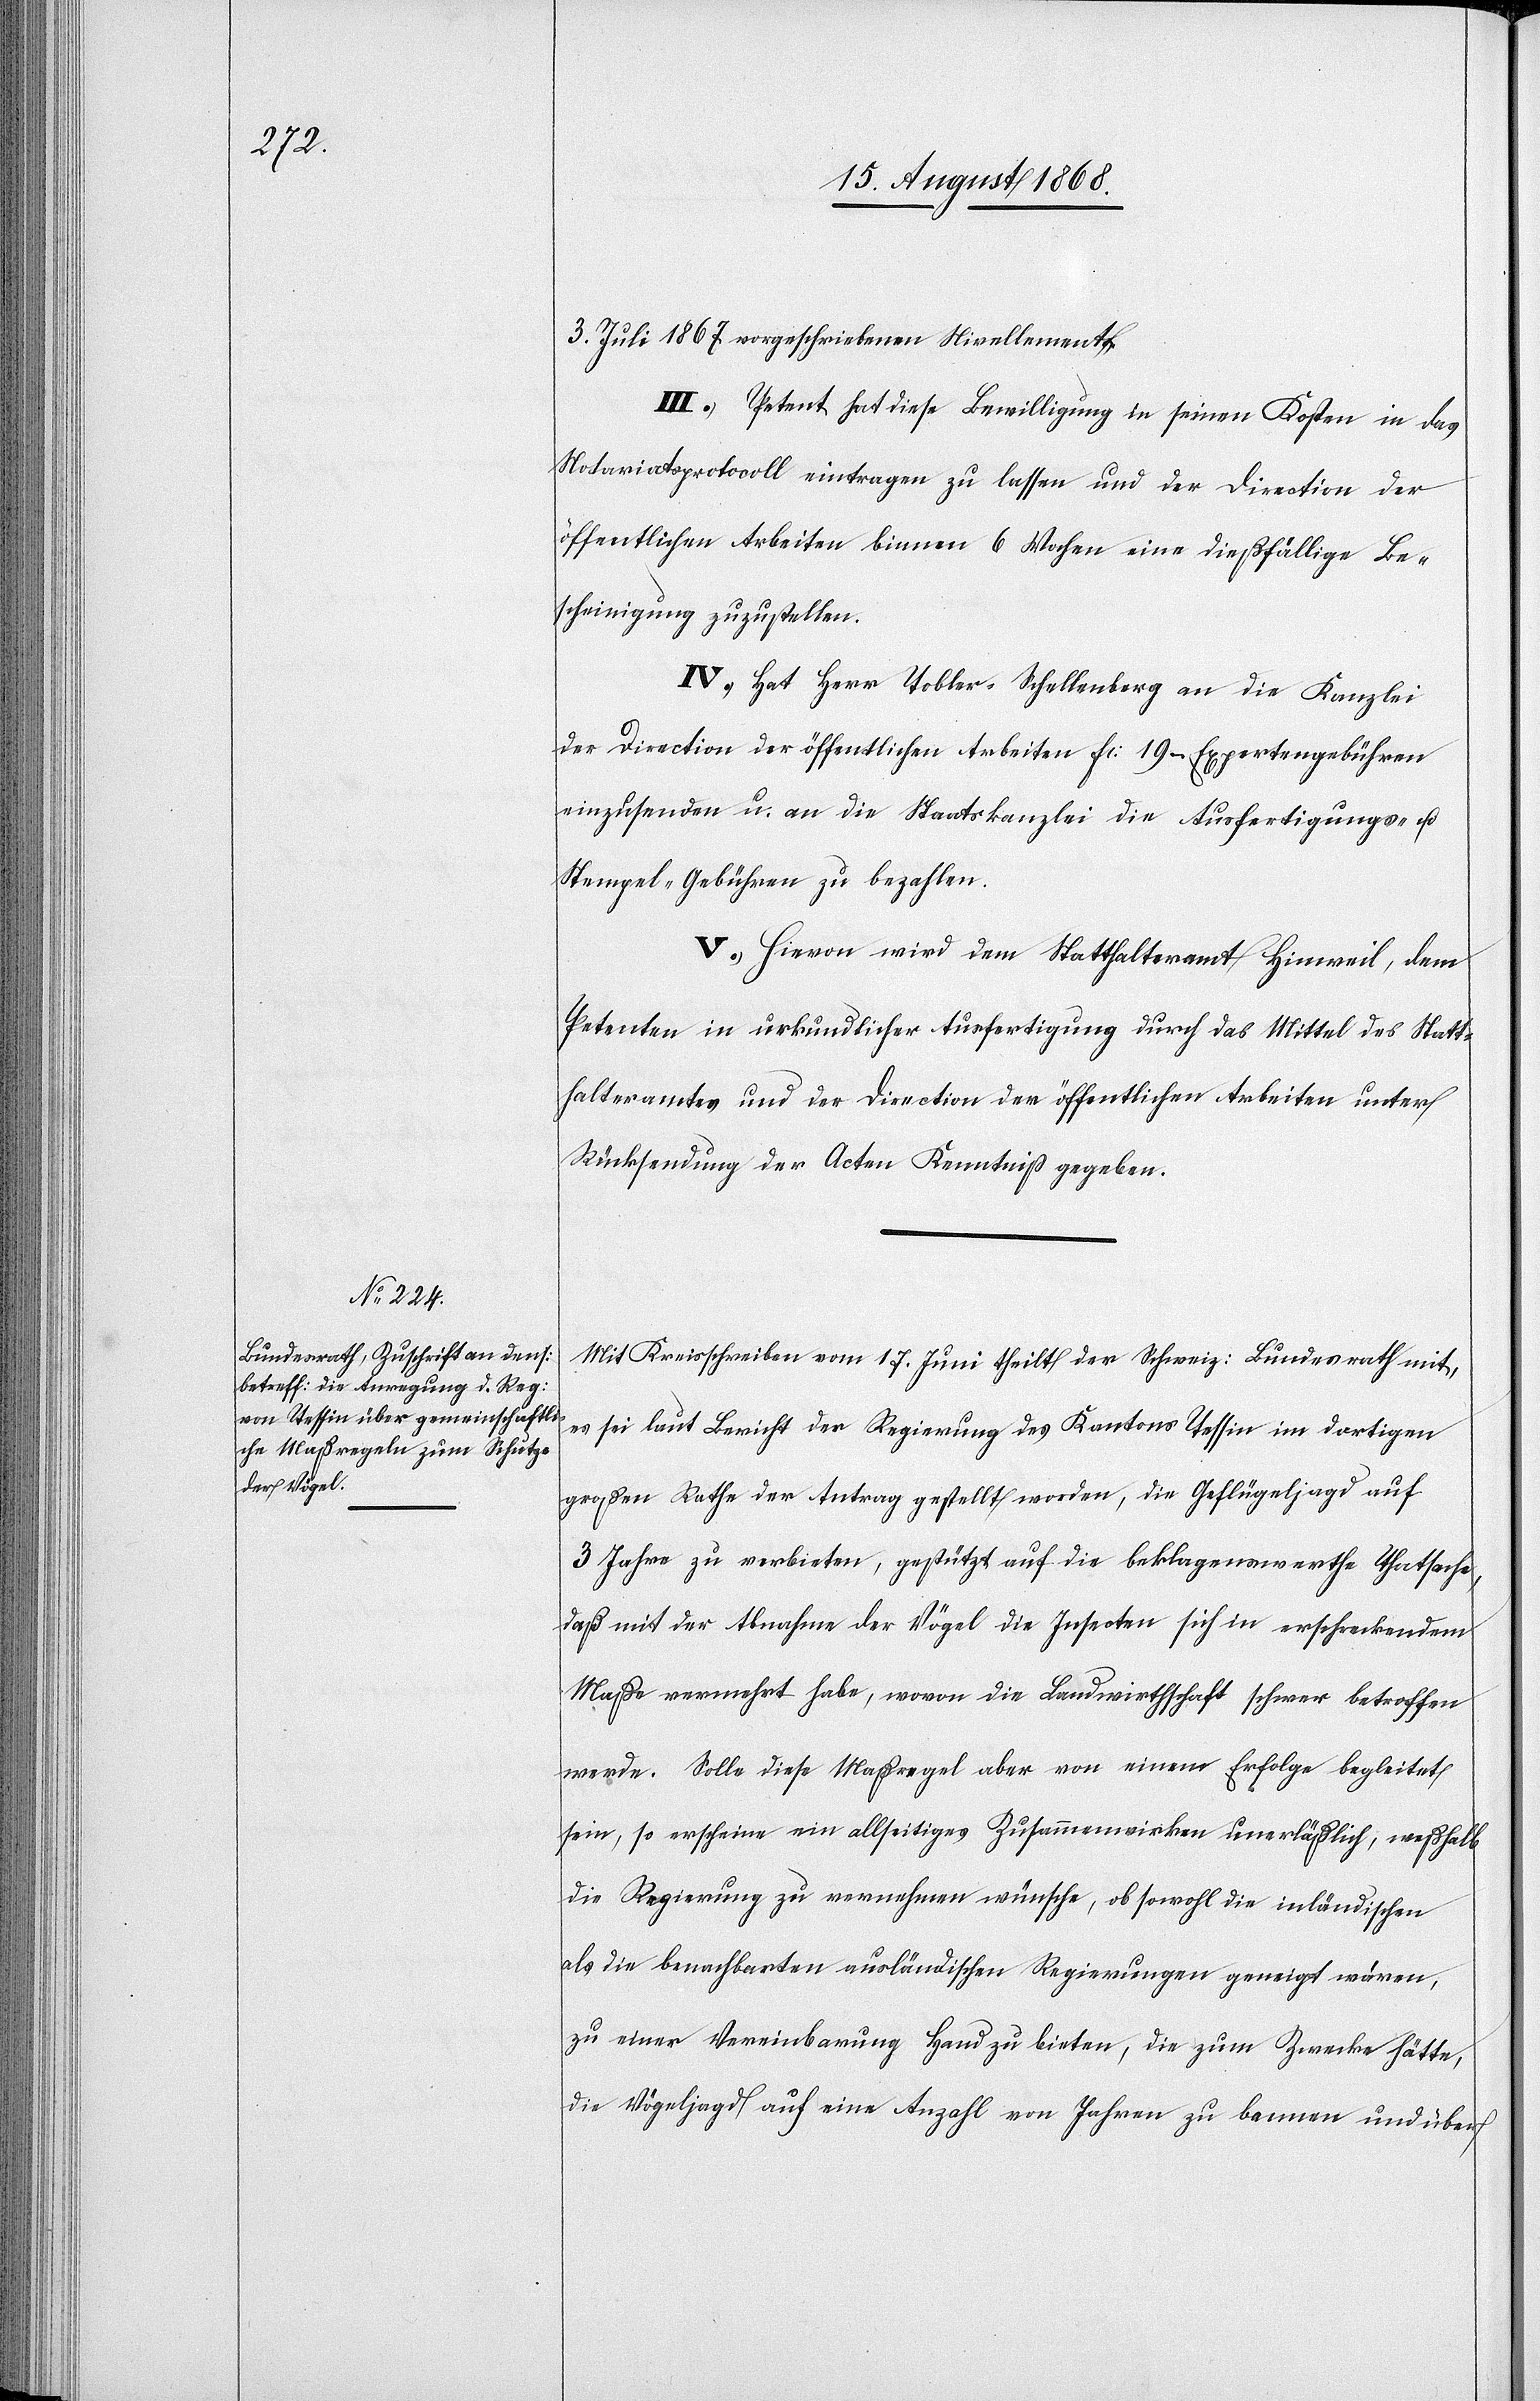
3. Juli 1867 vorgeschriebenen Nivellements.
III.) Petent hat diese Bewilligung in seinen Kosten in das
Notariatsprotocoll eintragen zu lassen und der Direction der
öffentlichen Arbeiten binnen 6 Wochen eine dießfällige Be¬
scheinigung zuzustellen.
IV.) Hat Herr Tobler-Schellenberg an die Kanzlei
der Direction der öffentlichen Arbeiten Fr: 19 – Expertengebühren
einzusenden u. an die Staatskanzlei die Ausfertigungs- u.
Stempel-Gebühren zu bezahlen.
V.) Hievon wird dem Statthalteramt Hinweil, dem
Petenten in urkundlicher Ausfertigung durch das Mittel des Statt¬
halteramtes und der Direction der öffentlichen Arbeiten unter
Rücksendung der Acten Kenntniß gegeben.
Mit Kreisschreiben vom 17. Juni theilt der Schweiz: Bundesrath mit,
es sei laut Bericht der Regierung des Kantons Tessin im dortigen
großen Rathe der Antrag gestellt worden, die Geflügeljagd auf
3 Jahre zu verbieten, gestützt auf die beklagenswerthe Thatsache,
daß mit der Abnahme der Vögel die Insecten sich in erschreckendem
Maße vermehrt habe[n], wovon die Landwirthschaft schwer betroffen
werde. Solle diese Maßregel aber von einem Erfolge begleitet
sein, so erscheine ein allseitiges Zusammenwirken unerläßlich, weßhalb
die Regierung zu vernehmen wünsche, ob sowohl die inländischen
als die benachbarten ausländischen Regierungen geneigt wären,
zu einer Vereinbarung Hand zu bieten, die zum Zwecke hätte,
die Vögeljagd auf eine Anzahl von Jahren zu bannen und über